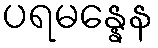
ပရမန္နေန